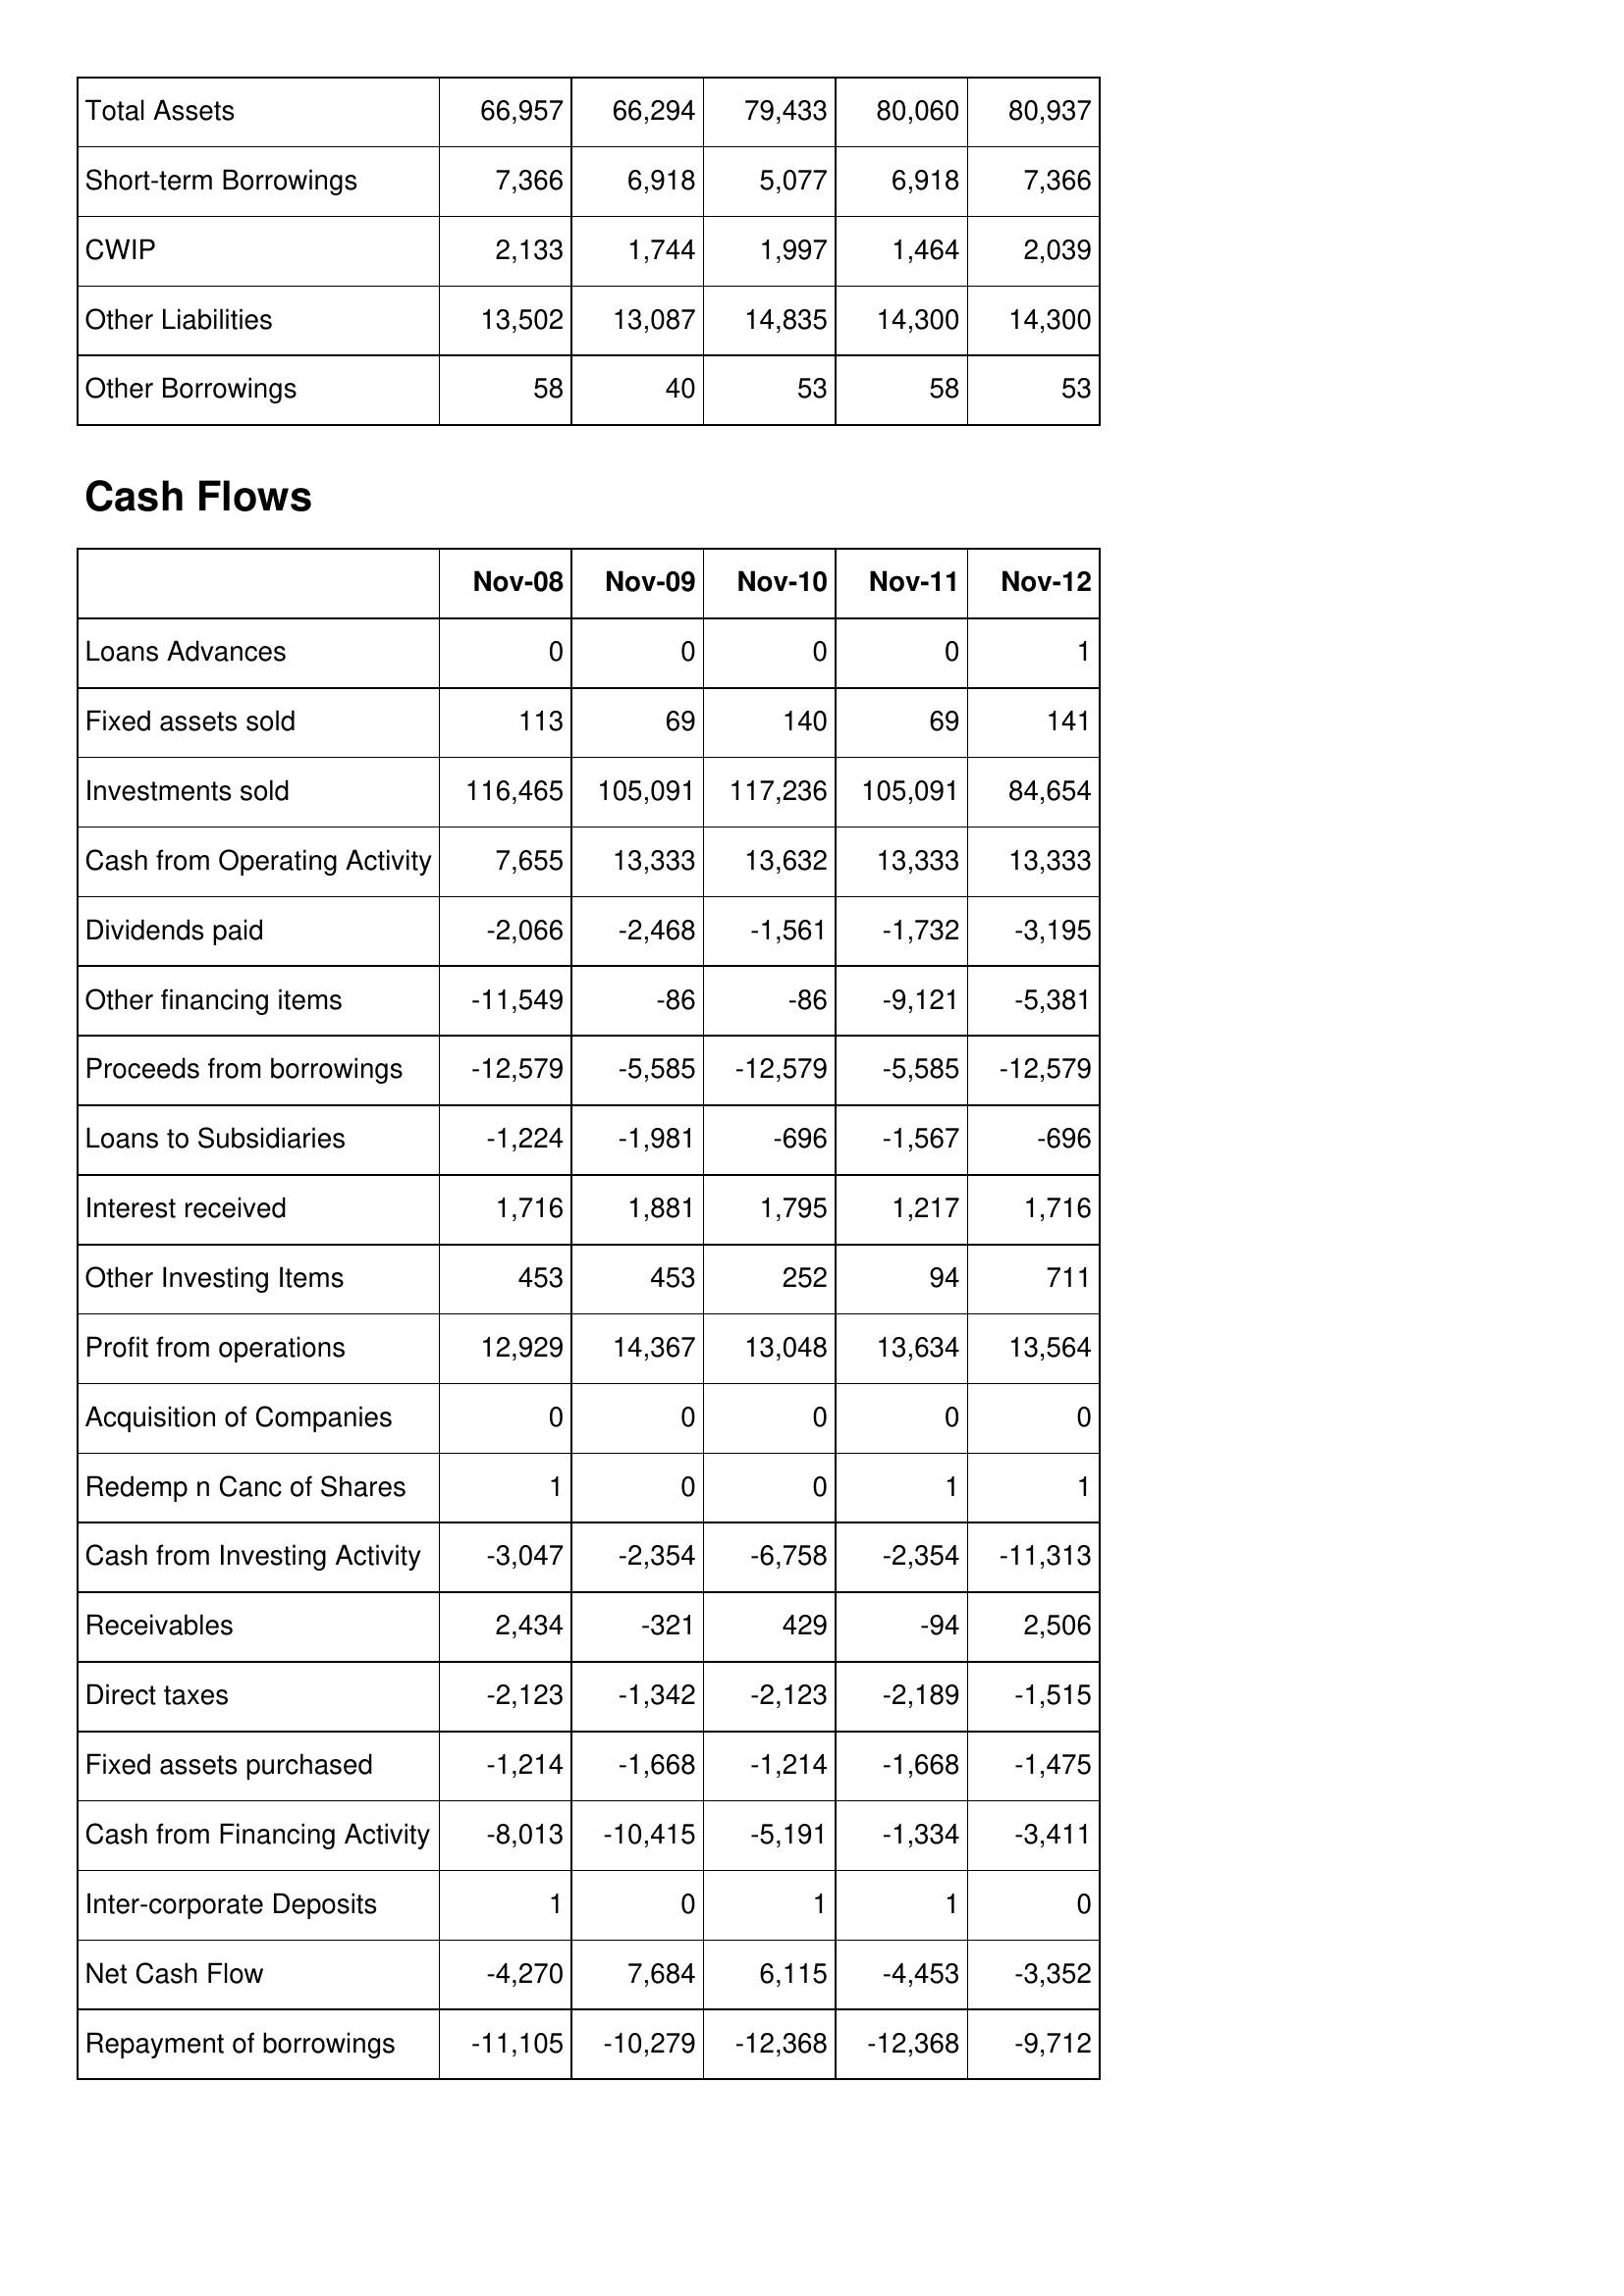
Nov-08: Balance Sheet: Total Assets: 66,957
Short-term Borrowings: 7,366
CWIP: 2,133
Other Liabilities: 13,502
Other Borrowings: 58
Cash Flows: Loans Advances: 0
Fixed assets sold: 113
Investments sold: 116,465
Cash from Operating Activity: 7,655
Dividends paid: -2,066
Other financing items: -11,549
Proceeds from borrowings: -12,579
Loans to Subsidiaries: -1,224
Interest received: 1,716
Other Investing Items: 453
Profit from operations: 12,929
Acquisition of Companies: 0
Redemp n Canc of Shares: 1
Cash from Investing Activity: -3,047
Receivables: 2,434
Direct taxes: -2,123
Fixed assets purchased: -1,214
Cash from Financing Activity: -8,013
Inter-corporate Deposits: 1
Net Cash Flow: -4,270
Repayment of borrowings: -11,105
Nov-09: Balance Sheet: Total Assets: 66,294
Short-term Borrowings: 6,918
CWIP: 1,744
Other Liabilities: 13,087
Other Borrowings: 40
Cash Flows: Loans Advances: 0
Fixed assets sold: 69
Investments sold: 105,091
Cash from Operating Activity: 13,333
Dividends paid: -2,468
Other financing items: -86
Proceeds from borrowings: -5,585
Loans to Subsidiaries: -1,981
Interest received: 1,881
Other Investing Items: 453
Profit from operations: 14,367
Acquisition of Companies: 0
Redemp n Canc of Shares: 0
Cash from Investing Activity: -2,354
Receivables: -321
Direct taxes: -1,342
Fixed assets purchased: -1,668
Cash from Financing Activity: -10,415
Inter-corporate Deposits: 0
Net Cash Flow: 7,684
Repayment of borrowings: -10,279
Nov-10: Balance Sheet: Total Assets: 79,433
Short-term Borrowings: 5,077
CWIP: 1,997
Other Liabilities: 14,835
Other Borrowings: 53
Cash Flows: Loans Advances: 0
Fixed assets sold: 140
Investments sold: 117,236
Cash from Operating Activity: 13,632
Dividends paid: -1,561
Other financing items: -86
Proceeds from borrowings: -12,579
Loans to Subsidiaries: -696
Interest received: 1,795
Other Investing Items: 252
Profit from operations: 13,048
Acquisition of Companies: 0
Redemp n Canc of Shares: 0
Cash from Investing Activity: -6,758
Receivables: 429
Direct taxes: -2,123
Fixed assets purchased: -1,214
Cash from Financing Activity: -5,191
Inter-corporate Deposits: 1
Net Cash Flow: 6,115
Repayment of borrowings: -12,368
Nov-11: Balance Sheet: Total Assets: 80,060
Short-term Borrowings: 6,918
CWIP: 1,464
Other Liabilities: 14,300
Other Borrowings: 58
Cash Flows: Loans Advances: 0
Fixed assets sold: 69
Investments sold: 105,091
Cash from Operating Activity: 13,333
Dividends paid: -1,732
Other financing items: -9,121
Proceeds from borrowings: -5,585
Loans to Subsidiaries: -1,567
Interest received: 1,217
Other Investing Items: 94
Profit from operations: 13,634
Acquisition of Companies: 0
Redemp n Canc of Shares: 1
Cash from Investing Activity: -2,354
Receivables: -94
Direct taxes: -2,189
Fixed assets purchased: -1,668
Cash from Financing Activity: -1,334
Inter-corporate Deposits: 1
Net Cash Flow: -4,453
Repayment of borrowings: -12,368
Nov-12: Balance Sheet: Total Assets: 80,937
Short-term Borrowings: 7,366
CWIP: 2,039
Other Liabilities: 14,300
Other Borrowings: 53
Cash Flows: Loans Advances: 1
Fixed assets sold: 141
Investments sold: 84,654
Cash from Operating Activity: 13,333
Dividends paid: -3,195
Other financing items: -5,381
Proceeds from borrowings: -12,579
Loans to Subsidiaries: -696
Interest received: 1,716
Other Investing Items: 711
Profit from operations: 13,564
Acquisition of Companies: 0
Redemp n Canc of Shares: 1
Cash from Investing Activity: -11,313
Receivables: 2,506
Direct taxes: -1,515
Fixed assets purchased: -1,475
Cash from Financing Activity: -3,411
Inter-corporate Deposits: 0
Net Cash Flow: -3,352
Repayment of borrowings: -9,712